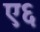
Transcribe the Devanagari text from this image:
ए६